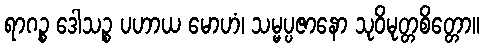
ရာဂဉ္စ ဒေါသဉ္စ ပဟာယ မောဟံ၊ သမ္မပ္ပဇာနော သုဝိမုတ္တစိတ္တော။